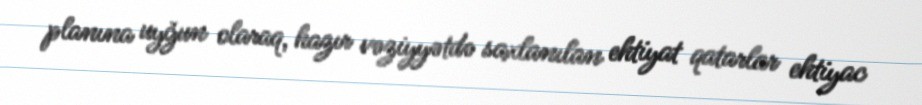
planına uyğun olaraq, hazır vəziyyətdə saxlanılan ehtiyat qatarlar ehtiyac